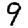
Digit: 9